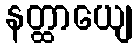
နတ္ထာယျေ